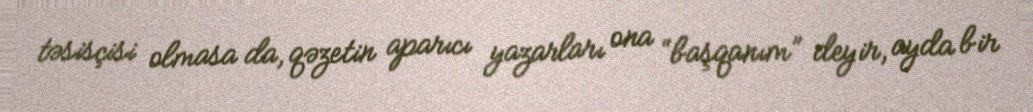
təsisçisi olmasa da, qəzetin aparıcı yazarları ona “başqanım” deyir, ayda bir